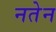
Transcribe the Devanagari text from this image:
नतेन